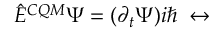
\hat { E } ^ { C Q M } \Psi = ( \partial _ { t } \Psi ) i \hbar \; \leftrightarrow \; \;